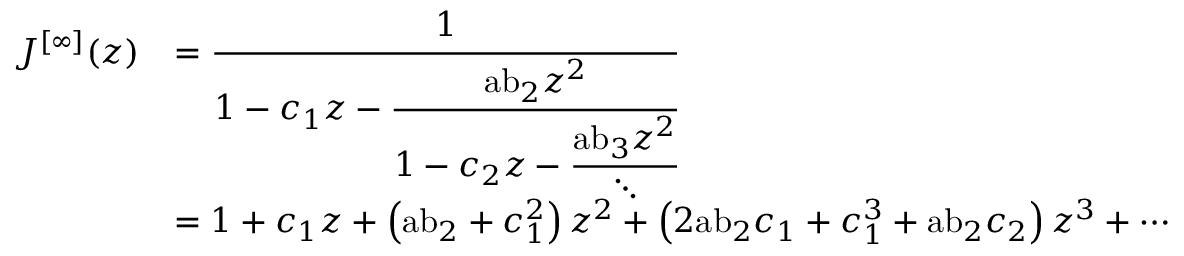
{ \begin{array} { r l } { J ^ { [ \infty ] } ( z ) } & { = { \cfrac { 1 } { 1 - c _ { 1 } z - { \cfrac { { \mathrm { a b } } _ { 2 } z ^ { 2 } } { 1 - c _ { 2 } z - { \cfrac { { \mathrm { a b } } _ { 3 } z ^ { 2 } } { \ddots } } } } } } } \\ & { = 1 + c _ { 1 } z + \left( { \mathrm { a b } } _ { 2 } + c _ { 1 } ^ { 2 } \right) z ^ { 2 } + \left( 2 { \mathrm { a b } } _ { 2 } c _ { 1 } + c _ { 1 } ^ { 3 } + { \mathrm { a b } } _ { 2 } c _ { 2 } \right) z ^ { 3 } + \cdots } \end{array} }